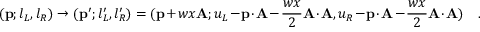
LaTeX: ( { \bf p } ; l _ { L } , l _ { R } ) \to ( { \bf p } ^ { \prime } ; l _ { L } ^ { \prime } , l _ { R } ^ { \prime } ) = ( { \bf p } + w x { \bf A } ; u _ { L } - { \bf p } \cdot { \bf A } - { \frac { w x } { 2 } } { \bf A } \cdot { \bf A } , u _ { R } - { \bf p } \cdot { \bf A } - { \frac { w x } { 2 } } { \bf A } \cdot { \bf A } ) \quad .